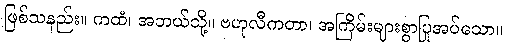
ဖြစ်သနည်း။ ကထံ၊ အဘယ်သို့။ ဗဟုလီကတာ၊ အကြိမ်းများစွာပြုအပ်သော။